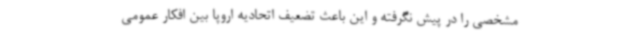
مشخصی را در پیش نگرفته و این باعث تضعیف اتحادیه اروپا بین افکار عمومی